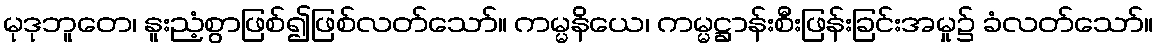
မုဒုဘူတေ၊ နူးညံ့စွာဖြစ်၍ဖြစ်လတ်သော်။ ကမ္မနိယေ၊ ကမ္မဋ္ဌာန်းစီးဖြန်းခြင်းအမှု၌ ခံလတ်သော်။